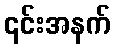
၎င်းအနက်